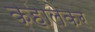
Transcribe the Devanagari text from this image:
कहालेकर